Document type: Dowry acquittance
Year: 1427
Scribe: Pere Tarafa
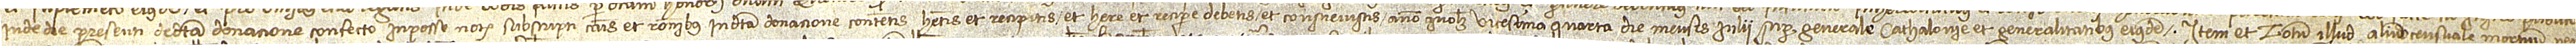
inde de presenti de dicta donacione confecto in posse notarii subscripti causis et rationibus in dicta donacione contentis, habetis et recipitis et habere et recipere debetis et consuevistis, anno quolibet vicesima quarta die mensis iulii, super Generale Cathaloniae et generalitatibus eiusdem; item, et totum illud aliud censuale mortuum pen-